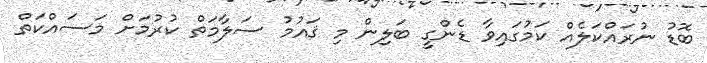
ބޮޑު ނުރައްކަލެއް ކަމުގައިވާ ޑެންގީ ބަލިން މި ޤައުމު ސަލާމަތް ކުރުމަށް މަސައްކަތް